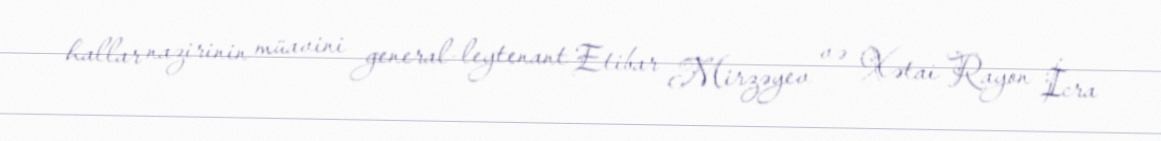
hallar nazirinin müavini general-leytenant Etibar Mirzəyev və Xətai Rayon İcra